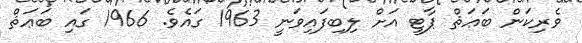
ވެރިކަން ބަޢަޘް ޕާޓީ އަށް ލިބިފައިވަނީ 1963 ގައެވެ. 1966 ގައި ބަޢަޘް